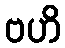
ဗဟိ